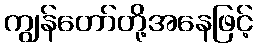
ကျွန်တော်တို့အနေဖြင့်